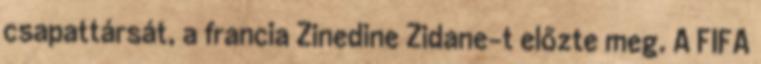
csapattársát, a francia Zinedine Zidane-t előzte meg. A FIFA